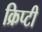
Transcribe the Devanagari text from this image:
क्रिप्टी